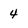
Character: 4